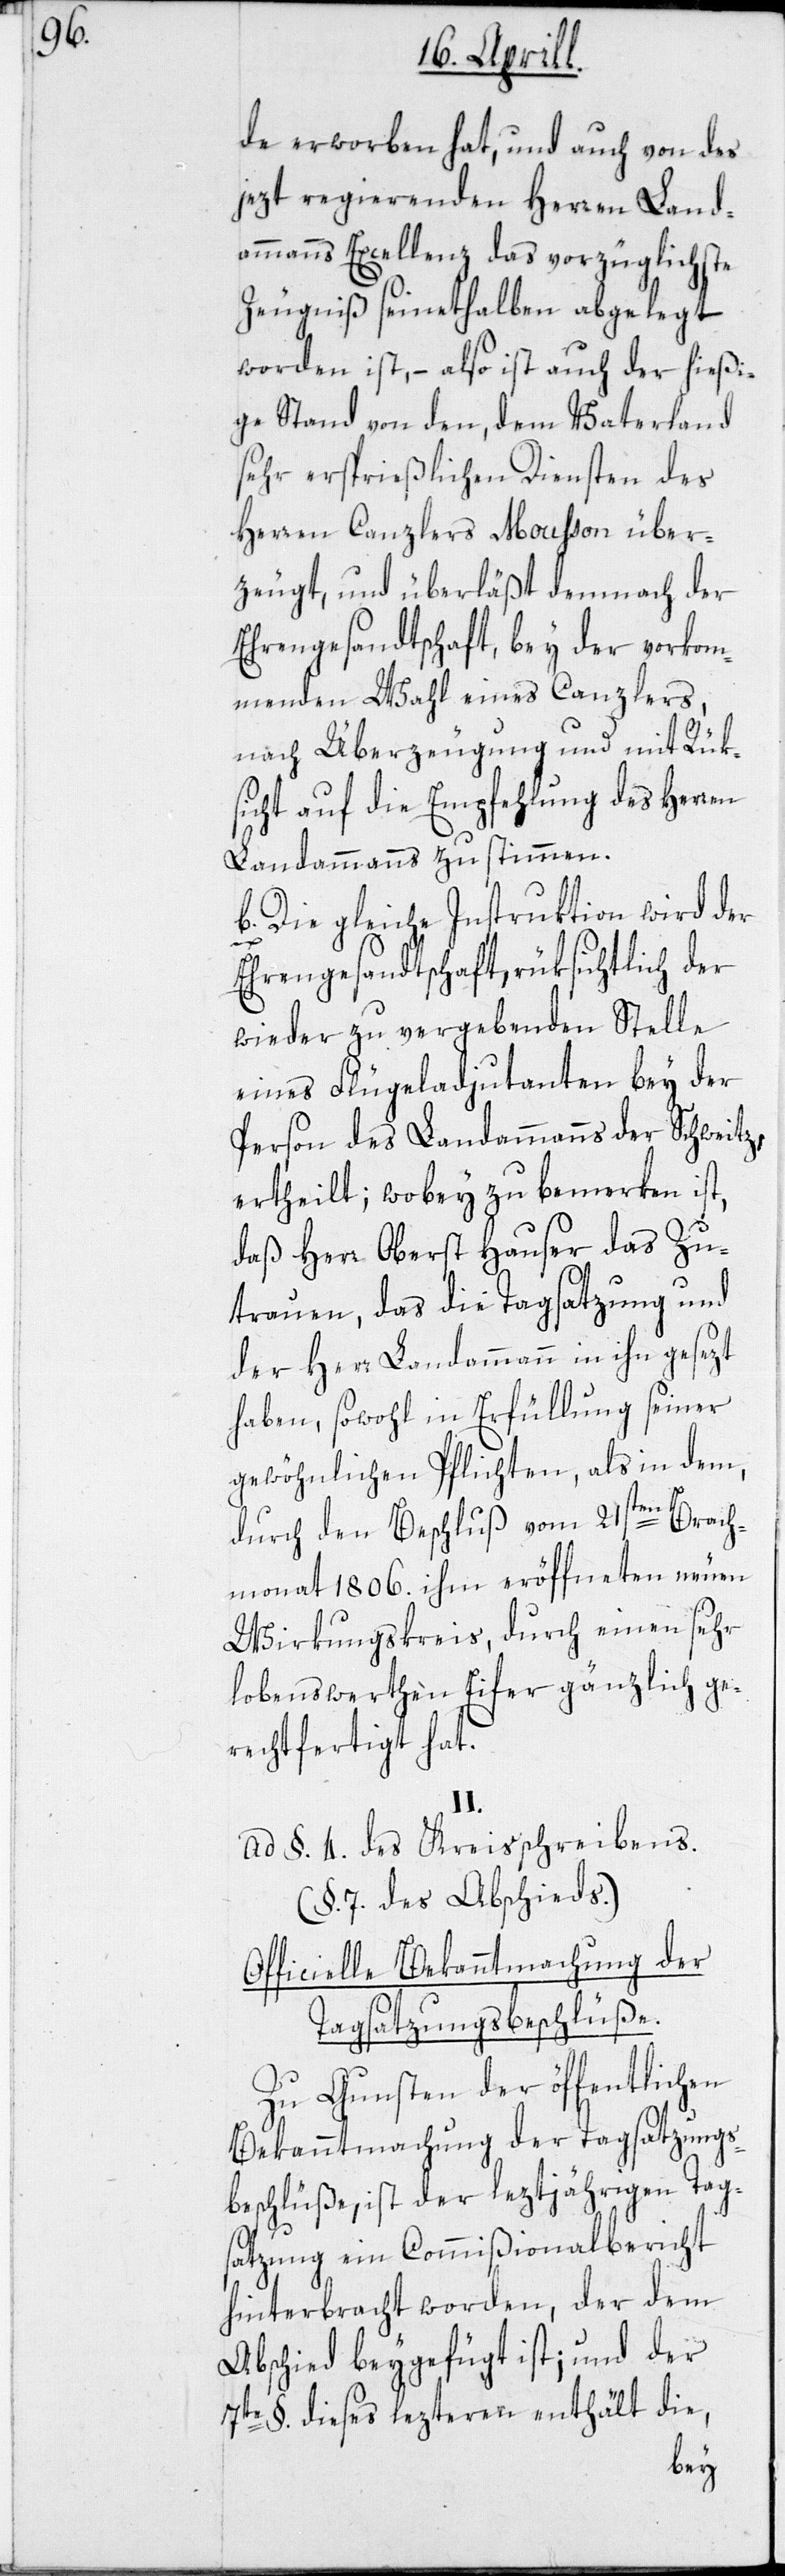
de erworben hat, und auch von des
jezt regierenden Herren Land¬
ammanns Excellenz das vorzüglichste
Zeugniß seinethalben abgelegt
worden ist, – also ist auch der hießi¬
ge Stand von den, dem Vaterland
sehr ersprießlichen Diensten des
Herren Canzlers Mousson über¬
zeugt, und überläßt demnach der
Ehrengesandtschaft, bey der vorkom¬
menden Wahl eines Canzlers,
nach Überzeugung und mit Rük¬
sicht auf die Empfehlung des Herren
Landammanns zu stimmen.
b. Die gleiche Instruktion wird der
Ehrengesandtschaft, rüksichtlich der
wieder zu vergebenden Stelle
eines Flügeladjutanten bey der
Person des Landammanns der Schweitz,
ertheilt; wobey zu bemerken ist,
daß Herr Oberst Hauser das Zu¬
trauen, das die Tagsatzung und
der Herr Landammann in ihn gesezt
haben, sowohl in Erfüllung seiner
gewöhnlichen Pflichten, als in dem,
durch den Beschluß vom 21sten Brach¬
monat 1806. ihm eröffneten neuen
Wirkungskreis, durch einen sehr
lobenswerthen Eifer gänzlich ge¬
rechtfertigt hat.
II.
ad §. 4. des Kreisschreibens.
(§. 7. des Abschieds.)
Officielle Bekanntmachung der
Tagsatzungsbeschlüße.
Zu Gunsten der öffentlichen
Bekanntmachung der Tagsatzungs¬
beschlüße, ist der leztjährigen Tag¬
satzung ein Commißionalbericht
hinterbracht worden, der dem
Abschied beygefügt ist; und der
7te §. dieses lezteren enthält die,